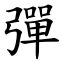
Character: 彈